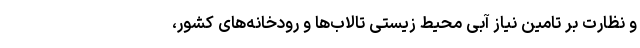
و نظارت بر تامین نیاز آبی محیط زیستی تالاب‌ها و رودخانه‌های کشور،